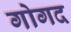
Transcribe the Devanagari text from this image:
गोगद